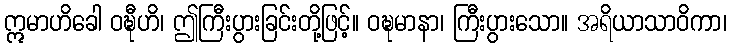
ဣမာဟိခေါ ဝဍ္ဎီဟိ၊ ဤကြီးပွားခြင်းတို့ဖြင့်။ ဝဍ္ဎမာနာ၊ ကြီးပွားသော။ အရိယာသာဝိကာ၊